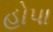
હોપા